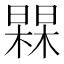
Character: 𭬀